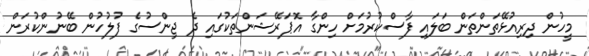
މީހުން ދިރިއުޅޭތަންތަން ބަލައި ފާސްކުރުމަށް ހިންގާ އޮޕަރޭޝަންތަކުގައި ދެ ޖިންސުގެ ފުލުހުން ބޭނުންކުރަން